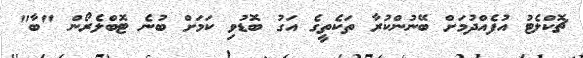
ޗޮކްލެޓު އުފެއްދުމަށް ބޭނުންކުރާ ތަކެތީގެ އަގު ބޮޑުވި ކަމަށް ބުނެ ޓޮބްލެރޯން "ބާ"